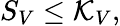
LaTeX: S_{V}\leq\mathcal{K}_{V},